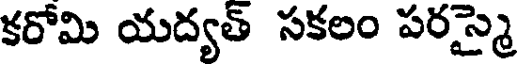
కరోమి యద్యత్ సకలం పరస్మై